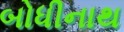
બોધીનાથ